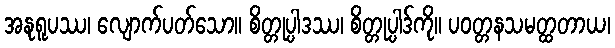
အနုရူပဿ၊ လျောက်ပတ်သော။ စိတ္တုပ္ပါဒဿ၊ စိတ္တုပ္ပါဒ်ကို။ ပဝတ္တနသမတ္ထတာယ၊